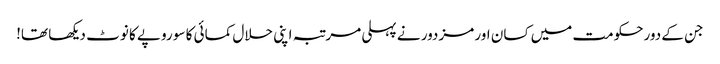
جن کے دورحکومت میں کسان اور مزدور نے پہلی مرتبہ اپنی حلال کمائی کا سو روپے کا نوٹ دیکھا تھا!